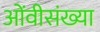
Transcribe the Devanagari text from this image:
ओंवीसंख्या